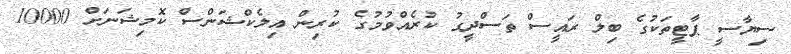
ސިޔާސީ ޕާޓީތަކުގެ ބިލް ރައީސް ތަސްދީގު ކުރެއްވުމުގެ ކުރިން އިލެކްޝަންސް ކޮމިޝަނަށް 10000